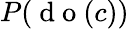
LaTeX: P(\mathrm{~d~o~}(c))